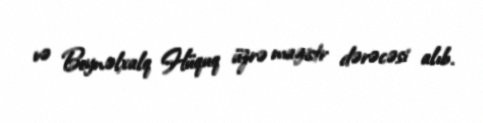
və Beynəlxalq Hüquq üzrə magistr dərəcəsi alıb.